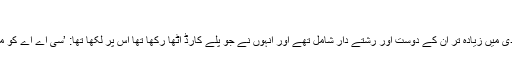
Node ID: 455766
خبر رساں ادارے آئی اے این ایس کے مطابق حاجا حسین کی شادی میں زیادہ تر ان کے دوست اور رشتے دار شامل تھے اور انہوں نے جو پلے کارڈ اٹھا رکھا تھا اس پر لکھا تھا: ’سی اے اے کو مسترد کرتے ہیں، این آر سی اور این پی آر کا بائیکاٹ کرتے ہیں۔